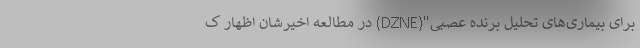
برای بیماری‌های تحلیل برنده عصبی"(DZNE) در مطالعه اخیرشان اظهار ک